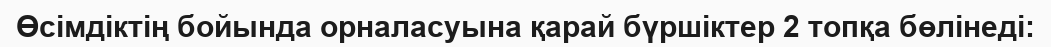
Өсімдіктің бойында орналасуына қарай бүршіктер 2 топқа бөлінеді: